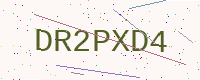
Text: DR2PXD4